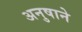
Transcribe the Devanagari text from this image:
अनुषाने